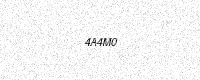
Text: 4A4M0